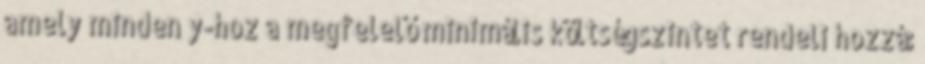
amely minden y-hoz a megfelelő minimális költségszintet rendeli hozzá: